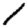
Digit: 1